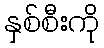
နှစ်စီးကို